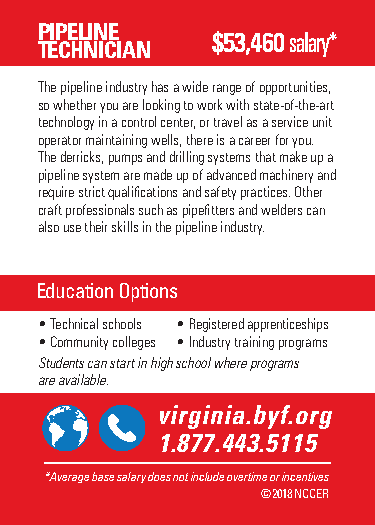
PIPELINE
 $53,460 salary*
 TECHNICIAN
 The pipeline industry has a wide range of opportunities,
 so whether you are looking to work with state-of-the-art
 technology in a control center, or travel as a service unit
 operator maintaining wells, there is a career for you.
 The derricks, pumps and drilling systems that make up a
 pipeline system are made up of advanced machinery and
 require strict qualifications and safety practices. Other
 craft professionals such as pipefitters and welders can
 also use their skills in the pipeline industry.
 Education Options
 • Technical schools • Registered apprenticeships
 • Community colleges • Industry training programs
 Students can start in high school where programs
 are available.
 @viBrugiildnYioau.brFyuft.uorreg
 B1u.i8ld7Y7o.u4r4Fu3t.u5r1e.1o5rg
 **AAvveeraraggee b baassee s saalalaryry d dooeess n noot ti ninccluluddee o ovveertritmimee o or ri nincceenntitviveess
 ©©22001178 N NCCCCEERR